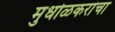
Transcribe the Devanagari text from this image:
मुधोळकरांचा